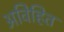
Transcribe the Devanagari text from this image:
अविहित